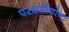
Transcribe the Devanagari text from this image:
परधर्मीयांचा